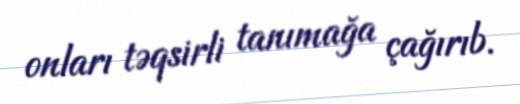
onları təqsirli tanımağa çağırıb.